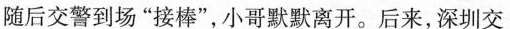
随后交警到场”接棒”，小哥默默离开。后来，深圳交